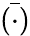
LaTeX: \bar{(\cdot)}